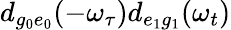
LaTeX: d_{g_{0}e_{0}}(-\omega_{\tau})d_{e_{1}g_{1}}(\omega_{t})